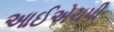
આઈએચપી